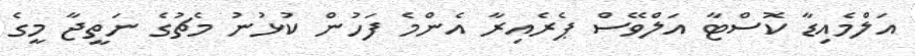
އަލްމެއިޑާ ކޮސްޓާ އަލްވޭސް ޕެރެއިރާ އެންމެ ފަހުން ކުޅުނު މެޗުގެ ނަތީޖާ މީގެ